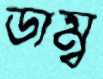
ডাম্ব